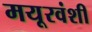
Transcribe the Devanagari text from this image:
मयूरवंशी